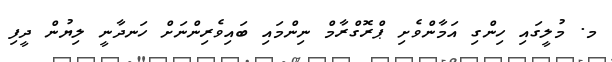
މ. މުލީގައި ހިންގި އަމާންވެށި ޕްރޮގްރާމް ނިންމައި ބައިވެރިންނަށް ހަނދާނީ ލިޔުން ދީފި